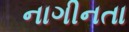
નાગીનતા